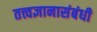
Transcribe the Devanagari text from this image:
तत्त्वज्ञानासंबंधी